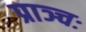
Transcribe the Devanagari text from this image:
प्राञ्चः